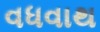
વધવાથ